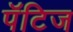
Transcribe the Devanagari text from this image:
पॅटिज